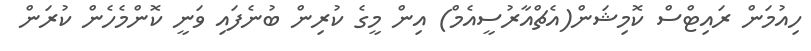
ހިއުމަން ރައިޓްސް ކޮމިޝަން(އެޗްއާރުސީއެމް) އިން މީގެ ކުރިން ބުނެފައި ވަނީ ކޮންމެހެން ކުރަން